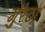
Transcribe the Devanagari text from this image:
गुरेठा